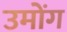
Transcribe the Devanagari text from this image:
उमोंग